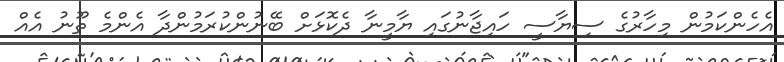
އެހެންކަމުން މިހާރުގެ ސިޔާސީ ހައިޖާނުގައި ޔާމީނާ ދެކޮޅަށް ބޭނުންކުރަމުންދާ އެންމެ ތޫނު އެއް